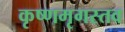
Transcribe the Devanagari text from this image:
कृष्णमृगस्तव